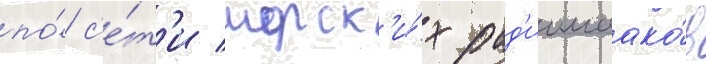
по́ с'е́т'и морск'и́х рад'иомаако́в